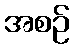
အစဉ်